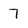
Character: 7